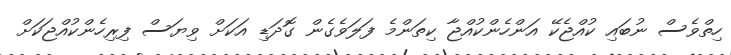
ހިތްވެސް ނުބައި ކުއްޖެކޭ އަންހެންކުއްޖާ ކިތަންމެ ފަލަވެގެން ގޮދަޑި އަކަށް ވިޔަސް ފިރިހެންކުއްޖަކަށް